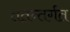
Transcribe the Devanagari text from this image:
ततन्तर्गत